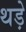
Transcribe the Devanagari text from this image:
थड़े